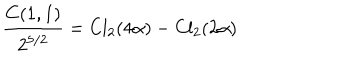
{ \frac { C ( 1 , 1 ) } { 2 ^ { 5 / 2 } } } = \mathrm { C l } _ { 2 } ( 4 \alpha ) - \mathrm { C l } _ { 2 } ( 2 \alpha )